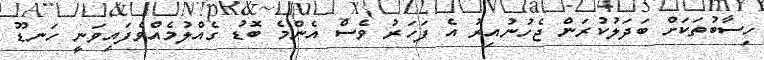
ހިސާބުތަކަށް ބަދަލުކުރަން ޖެހުނުއިރު އެ ފަހަރު ވެސް އެންމެ ބޮޑު ގެއްލުމެއްވެފައިވަނީ ހަނޑޫ